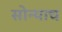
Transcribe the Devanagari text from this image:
सोन्याच